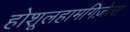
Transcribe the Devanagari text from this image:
होशूलहामगिज़ेत्स